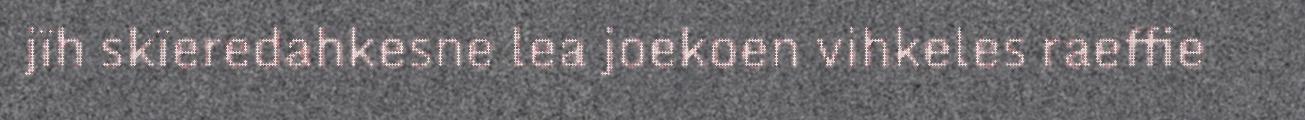
jïh skïeredahkesne lea joekoen vihkeles raeffie